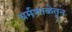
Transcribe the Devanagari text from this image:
धर्मशाळेतून